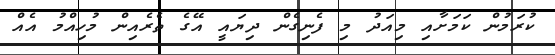
ކުރަމުން ކަމަށާއި މިއަދު މި ފެނިގެން ދިޔައީ އޭގެ ތެރެއިން މުހިއްމު އެއް